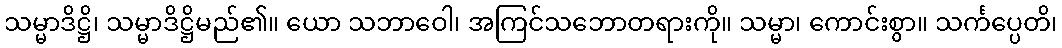
သမ္မာဒိဋ္ဌိ၊ သမ္မာဒိဋ္ဌိမည်၏။ ယော သဘာဝေါ၊ အကြင်သဘောတရားကို။ သမ္မာ၊ ကောင်းစွာ။ သင်္ကပ္ပေတိ၊